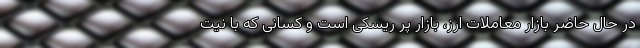
در حال حاضر بازار معاملات ارز، بازار پر ریسکی است و کسانی که با نیت